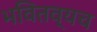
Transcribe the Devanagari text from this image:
भवितव्यच